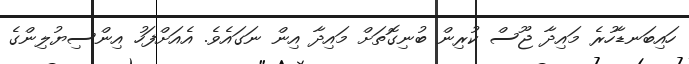
ހައިބަނޑާހުރެ މައިދާ ޖޫސް ކުރިން ބުނިގޮތަށް މައިދާ އިން ނަގައެވެ. އެއަށްފަހު އިންސިޔުލިންގެ